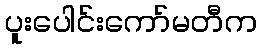
ပူးပေါင်းကော်မတီက